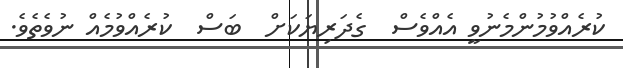
ކުރެއްވުމުންމެނުވީ އެއްވެސް  ގެދަރިޔަކަށް  ބަސް  ކުރެއްވުމެއް ނުވެތެވެ.